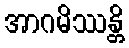
အာဂမိဿန္တိ